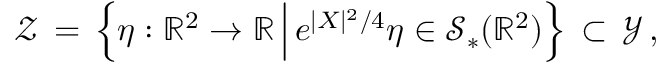
\mathcal { Z } \, = \, \Bigl \{ \eta : \mathbb { R } ^ { 2 } \to \mathbb { R } \, \Big | \, e ^ { | X | ^ { 2 } / 4 } \eta \in \mathcal { S } _ { * } ( \mathbb { R } ^ { 2 } ) \Bigr \} \, \subset \, \mathcal { Y } \, ,